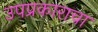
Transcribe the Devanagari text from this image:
उपप्रकाराचा